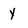
Character: y